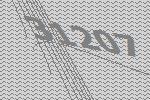
31207